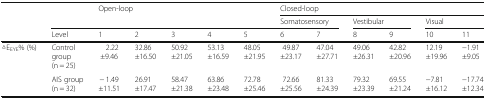
| <ROWSPAN=3>  | <ROWSPAN=2>  | <ROWSPAN=2-COLSPAN=5> Open-loop | <COLSPAN=6> Closed-loop |
 | <COLSPAN=2> Somatosensory | <COLSPAN=2> Vestibular | <COLSPAN=2> Visual |
 | Level | 1 | 2 | 3 | 4 | 5 | 6 | 7 | 8 | 9 | 10 | 11 |
 | --- | --- | --- | --- | --- | --- | --- | --- | --- | --- | --- | --- | --- |
 | <ROWSPAN=2> △EEYE% (%) | Controlgroup(n = 25) | 2.22±9.46 | 32.86±16.50 | 50.92±21.05 | 53.13±16.59 | 48.05±21.95 | 49.87±23.17 | 47.04±27.71 | 49.06±26.31 | 42.82±20.96 | 12.19±19.96 | −1.91±9.05 |
 | AIS group(n = 32) | − 1.49±11.51 | 26.91±17.47 | 58.47±21.38 | 63.86±23.48 | 72.78±25.46 | 72.66±25.56 | 81.33±24.39 | 79.32±23.39 | 69.55±21.24 | −7.81±16.12 | −17.74±12.34 |